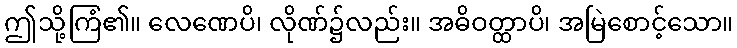
ဤသို့ကြံ၏။ လေဏေပိ၊ လိုဏ်၌လည်း။ အဓိဝတ္ထာပိ၊ အမြဲစောင့်သော။